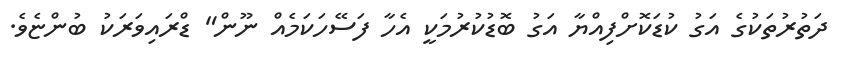
ދަތުރުތަކުގެ އަގު ކުޑަކޮށްފިއްޔާ އަގު ބޮޑުކުރުމަކީ އެހާ ފަސޭހަކަމެއް ނޫން" ޑްރައިވަރަކު ބުންޏެވެ.